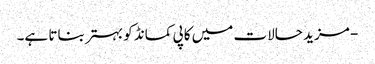
- مزید حالات میں کاپی کمانڈ کو بہتر بناتا ہے۔